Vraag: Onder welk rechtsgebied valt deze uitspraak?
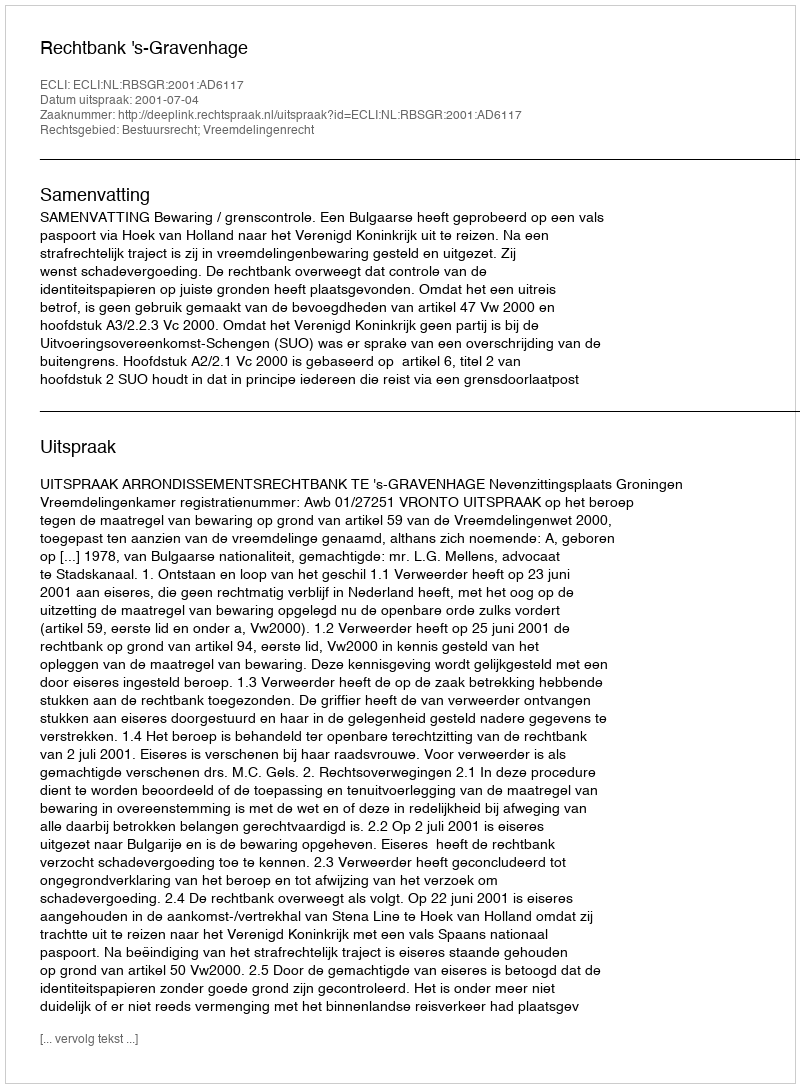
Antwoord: Bestuursrecht; Vreemdelingenrecht